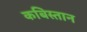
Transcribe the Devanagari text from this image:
कबिस्तान